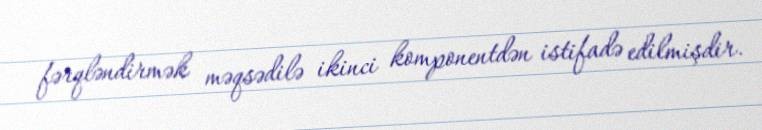
fərqləndirmək məqsədilə ikinci komponentdən istifadə edilmişdir.